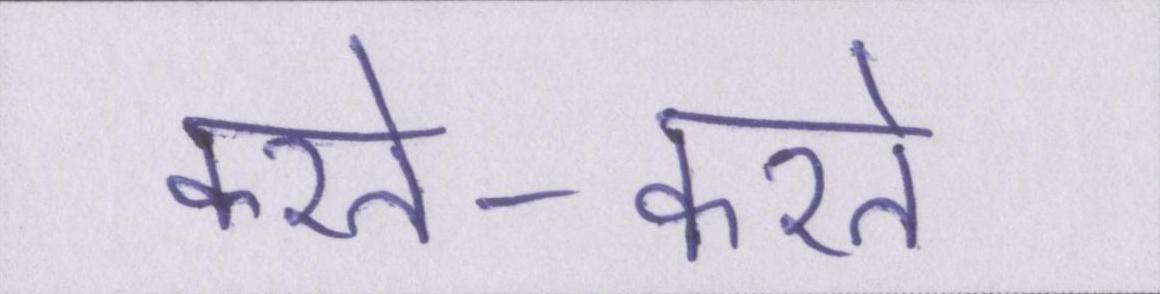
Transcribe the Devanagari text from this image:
करते-करते